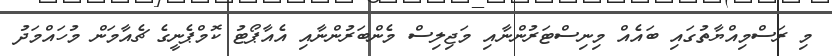
މި ރަސްމިއްޔާތުގައި ބައެއް މިނިސްޓަރުންނާއި މަޖިލިސް މެންބަރުންނާއި އެއާޕޯޓު ކޮމްޕެނީގެ ޗެއާމަން މުހައްމަދު